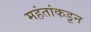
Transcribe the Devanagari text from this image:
महंतांकडून